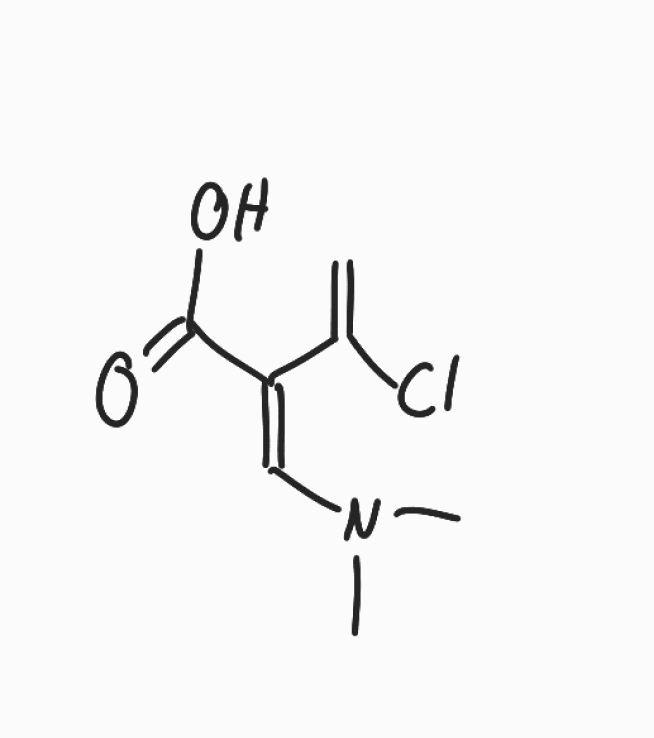
Simplified molecular-input line-entry system (SMILES) notation of the given molecule:
CN(C)/C=C(\C(=C)Cl)/C(=O)O